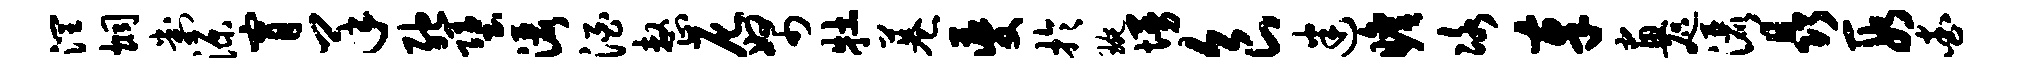
润炯判源宵羊弛堕洒酒整尼帑牡巷夔于琬墁食迷瞻冰奉画咫洒晶段查